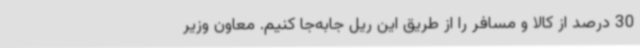
30 درصد از کالا و مسافر را از طریق این ریل جابه‌جا کنیم. معاون وزیر